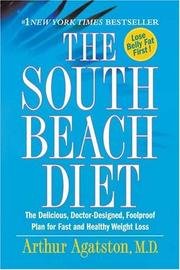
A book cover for South Beach Diet; Arthur Agaston       ; Health, Fitness & Dieting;